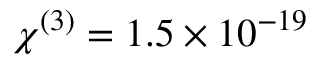
\chi ^ { ( 3 ) } = 1 . 5 \times 1 0 ^ { - 1 9 } \: